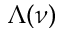
\Lambda ( \nu )